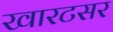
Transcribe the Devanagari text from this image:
खारटसर